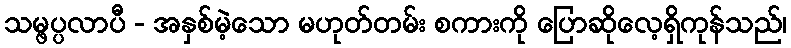
သမ္ဖပ္ပလာပီ - အနှစ်မဲ့သော မဟုတ်တမ်း စကားကို ပြောဆိုလေ့ရှိကုန်သည်၊